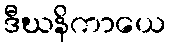
ဒီဃနိကာယေ